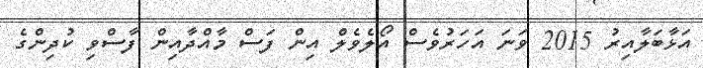
އަޅާބަލާއިރު 2015 ވަނަ އަހަރުވެސް އޯލެވެލް އިން ފަސް މާއްދާއިން ފާސްވި ކުދިންގެ